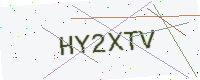
Text: HY2XTV